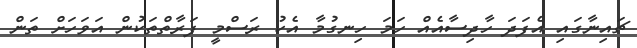
ޗައިނާގައި އެފަދަ ހާދިސާއެއް ހަމަ ހިނގުމާ އެކު ރަސްމީ ފަރާތްތަކުން އަވަހަށް ތަން